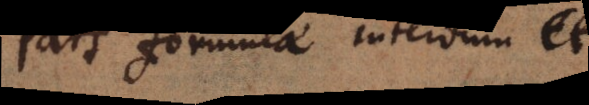
Pars formulae interdum et